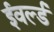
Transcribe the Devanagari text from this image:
ईवर्ल्ड